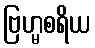
ဗြဟ္မစရိယ